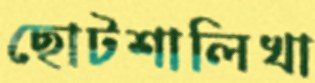
ছোটশালিখা